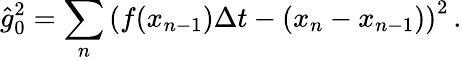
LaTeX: \hat{g}_{0}^{2}=\sum_{n}\left(f(x_{n-1})\Delta t-(x_{n}-x_{n-1})\right)^{2}\, .